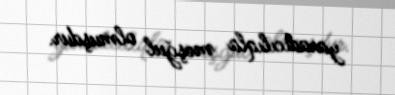
yaradıcılıqla məşğul olmuşdur.